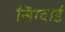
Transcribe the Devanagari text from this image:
सिग्वार्ड